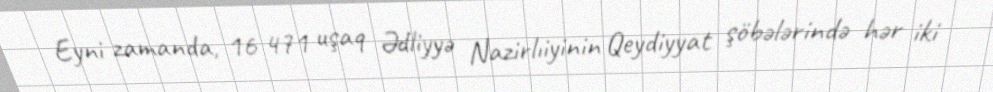
Eyni zamanda, 16 471 uşaq Ədliyyə Nazirlıiyinin Qeydiyyat şöbələrində hər iki